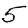
Digit: 5